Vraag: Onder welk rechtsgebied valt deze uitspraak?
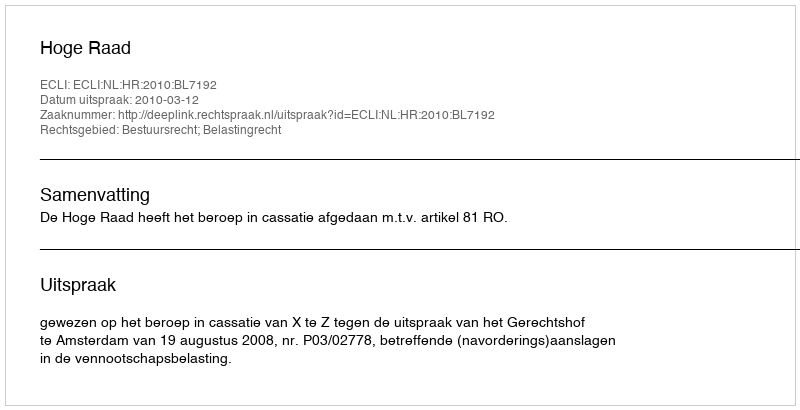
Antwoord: Bestuursrecht; Belastingrecht